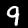
Label: 9